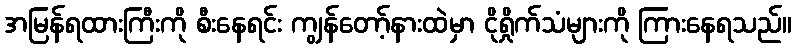
အမြန်ရထားကြီးကို စီးနေရင်း ကျွန်တော့်နားထဲမှာ ငိုရှိုက်သံများကို ကြားနေရသည်။